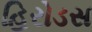
હિરોડસ